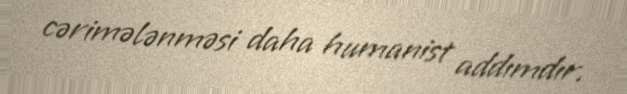
cərimələnməsi daha humanist addımdır.